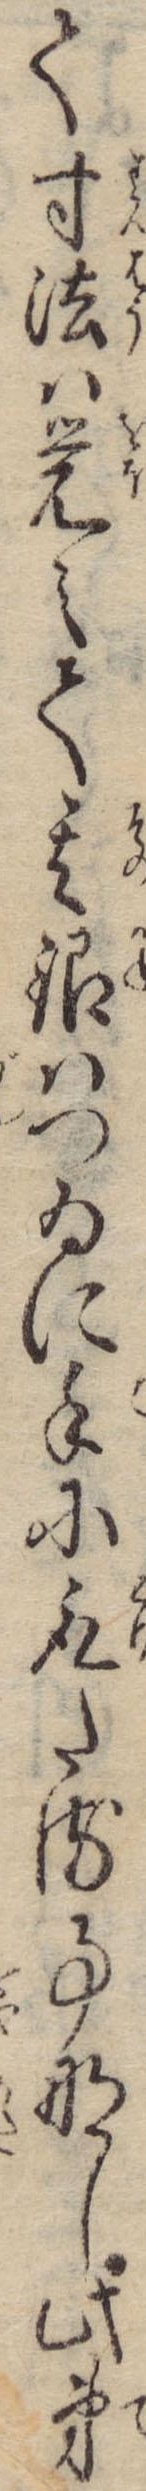
て寸法は覚えて其銀はつゐに手に取たる事なし此弟